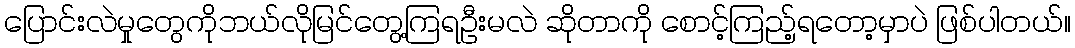
ပြောင်းလဲမှုတွေကိုဘယ်လိုမြင်တွေ့ကြရဦးမလဲ ဆိုတာကို စောင့်ကြည့်ရတော့မှာပဲ ဖြစ်ပါတယ်။